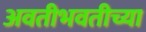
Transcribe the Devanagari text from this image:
अवतीभवतीच्या